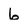
Character: 6